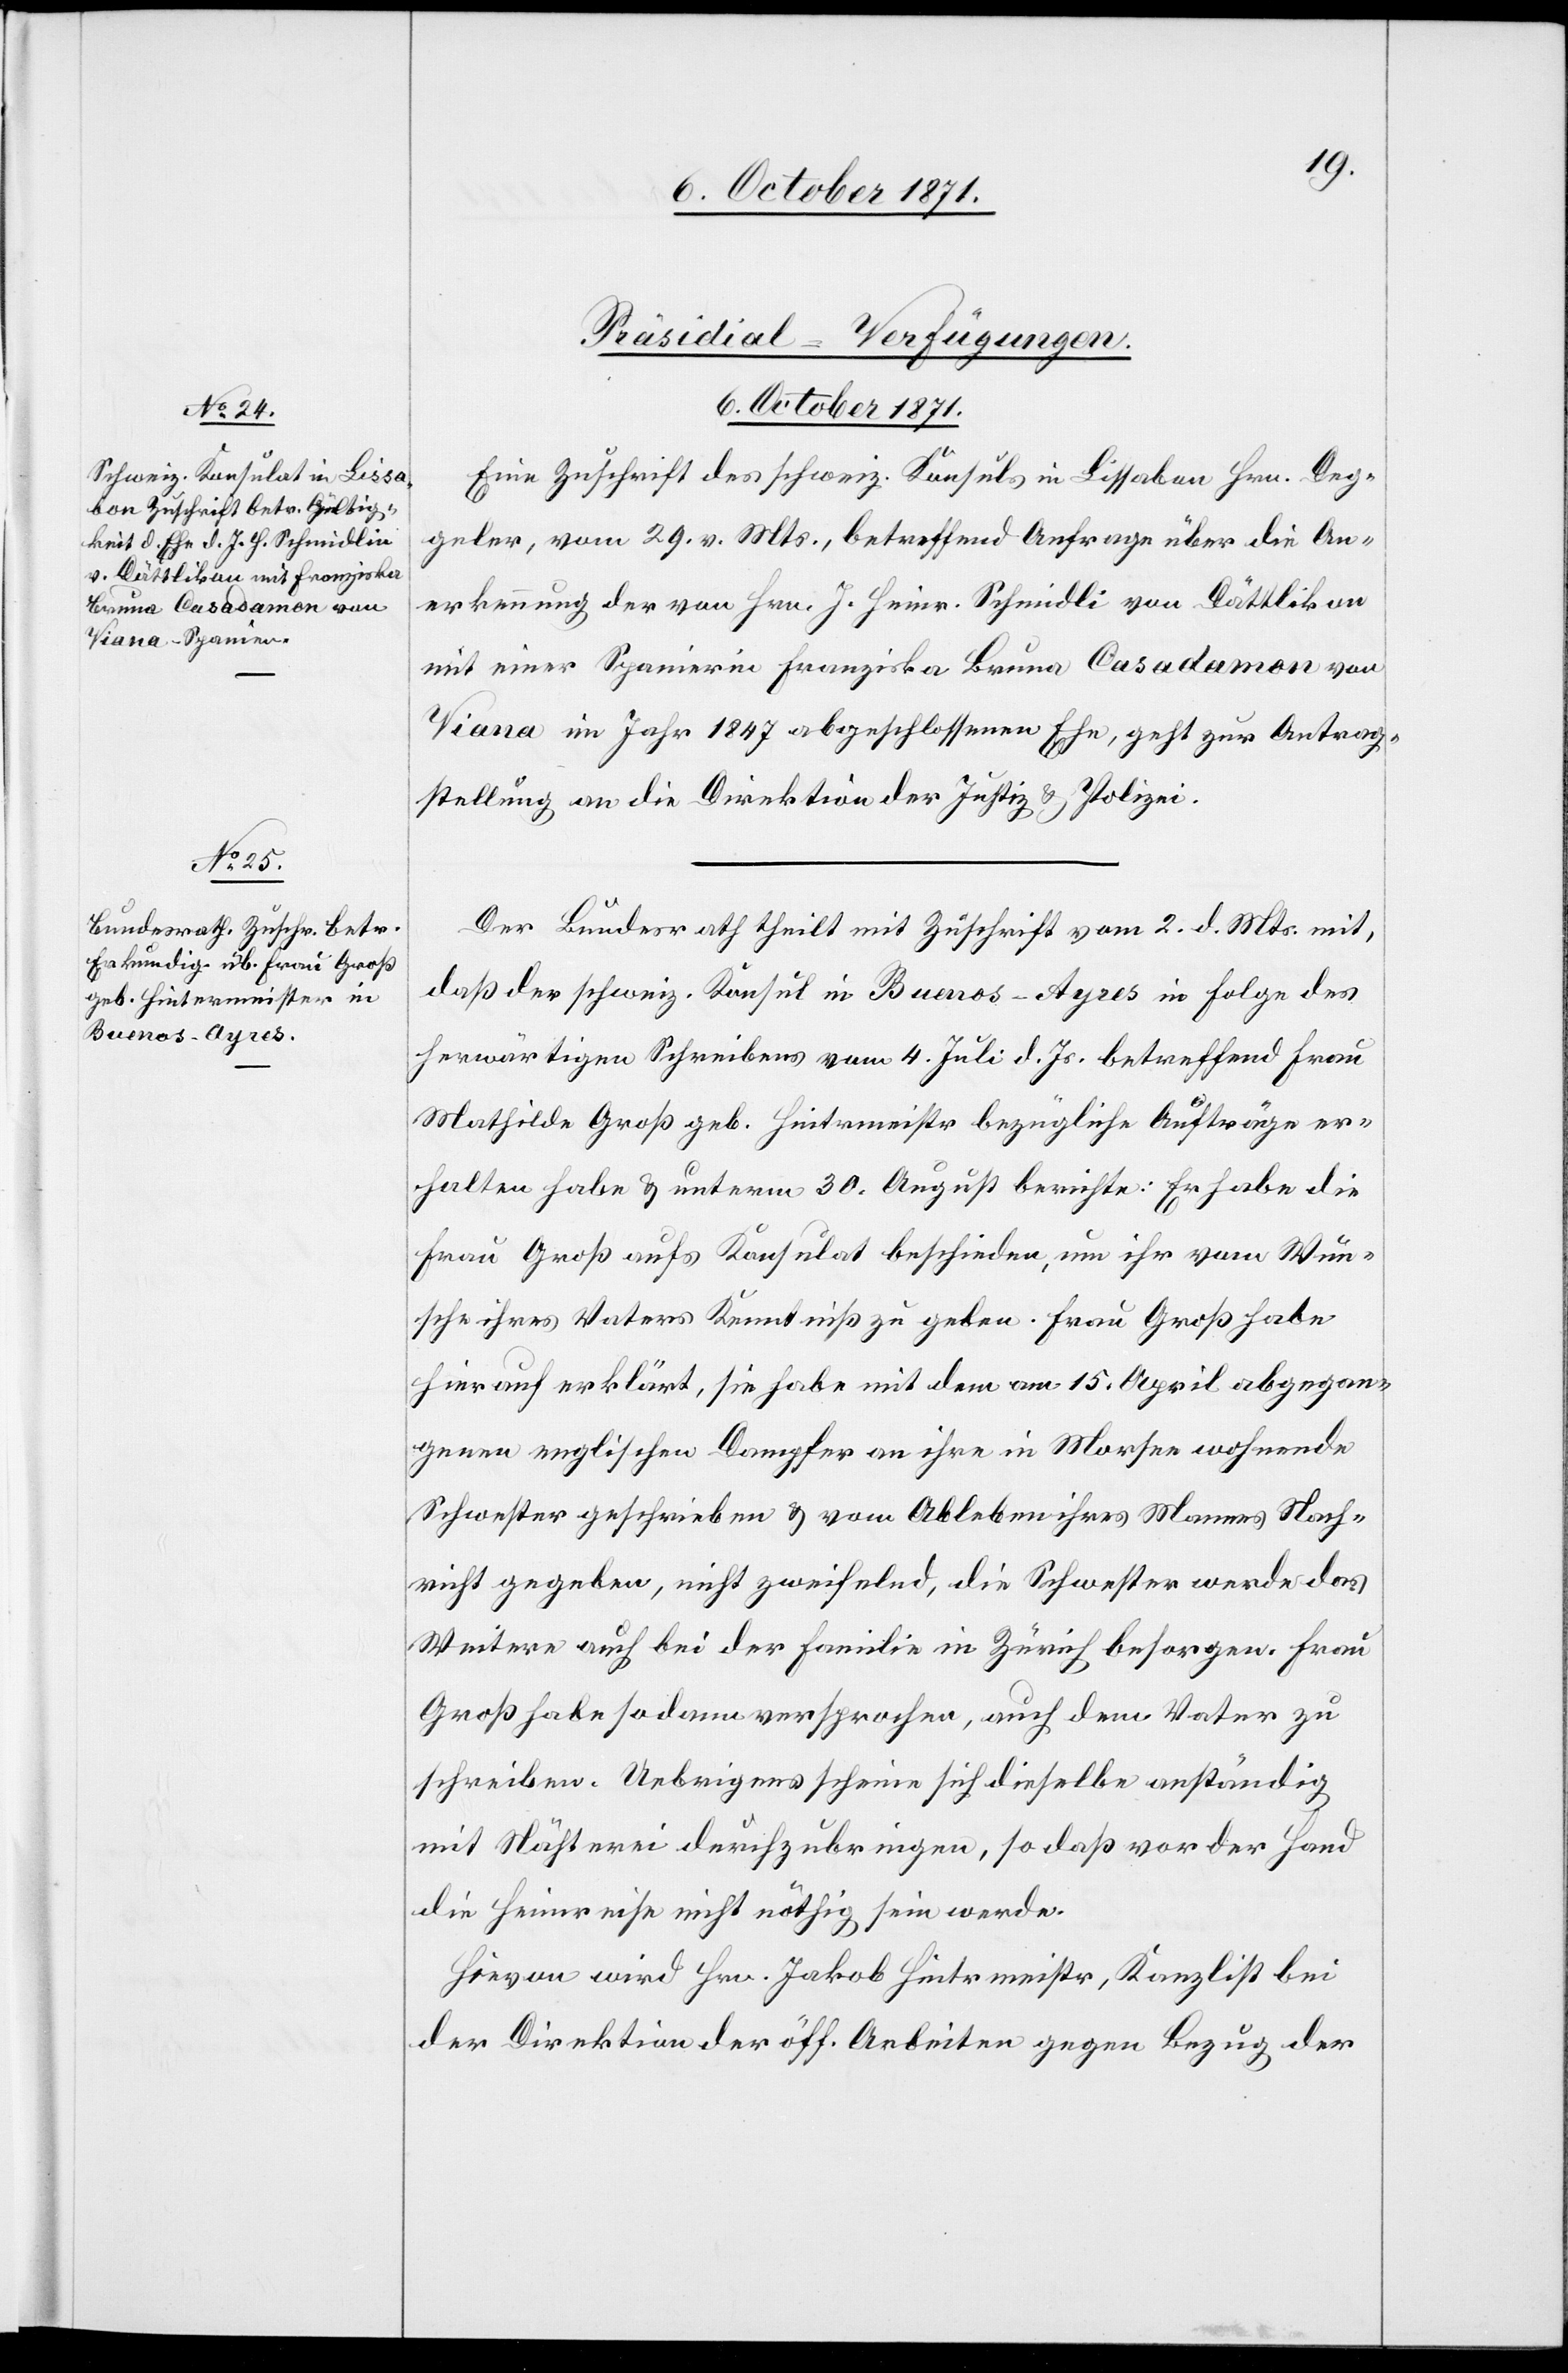
6. October 1871.]
[Präsidial-Verfügungen.
6. October 1871.
Eine Zuschrift des schweiz. Konsuls in Lissabon Hrn. Deg¬
eler, vom 29. v. Mts., betreffend Anfrage über die An¬
erkennung der von Hrn. J. Heinr. Schmidli [sic!] von Dättlikon
mit einer Spanierin Franziska Bruna Casadamon von
Viana im Jahr 1847 abgeschlossenen Ehe, geht zur Antrag¬
stellung an die Direktion der Justiz & Polizei.
Der Bundesrath theilt mit Zuschrift vom 2. d. Mts. mit,
daß der schweiz. Konsul in Buenos-Ayres in Folge des
herwärtigen Schreibens vom 4. Juli d. Js. betreffend Frau
Mathilde Groß geb. Hintermeister bezügliche Aufträge er¬
halten habe & unterm 30. August berichte: Es habe die
Frau Groß aufs Konsulat beschieden, um ihr vom Wun¬
sche ihres Vaters Kenntniß zu geben. Frau Groß habe
hierauf erklärt, sie habe mit dem am 15. April abgegan¬
genen englischen Dampfer an ihre in Morsee wohnende
Schwester geschrieben & vom Ableben ihres Mannes Nach¬
richt gegeben, nicht zweifelnd, die Schwester werde das
Weitere auch bei der Familie in Zürich besorgen. Frau
Groß habe sodann versprochen, auch dem Vater zu
schreiben. Uebrigens scheine sich dieselbe anständig
mit Nähterei durchzubringen, so daß vor der Hand
die Heimreise nicht nöthig sein werde.
Hievon wird Hrn. Jakob Hintermeister, Kanzlist bei
der Direktion der öff. Arbeiten gegen Bezug der